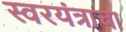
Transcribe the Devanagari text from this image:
स्वरयंत्राचा